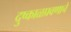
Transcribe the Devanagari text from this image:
दुष्काळप्रवणाचे